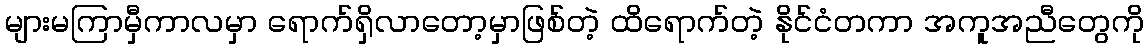
များမကြာမှီကာလမှာ ရောက်ရှိလာတော့မှာဖြစ်တဲ့ ထိရောက်တဲ့ နိုင်ငံတကာ အကူအညီတွေကို